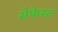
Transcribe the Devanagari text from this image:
सेफेस्ट